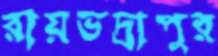
রায়ভদ্রাপুর